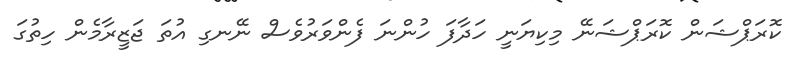
ކޮރަޕްޝަން ކޮރަޕްޝަނޭ މިކިޔަނީ ހަދާފަ ހުންނަ ފެންވަރުވެސް ނޭނގި އުތަ ޖަޒީރާމެން ހިތުގަ